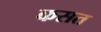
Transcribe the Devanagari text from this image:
कसत